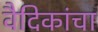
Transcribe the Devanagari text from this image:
वैदिकांचा